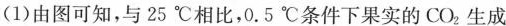
(1)由图可知，与25℃相比，0.5℃条件下果实的CO_{2} 生成